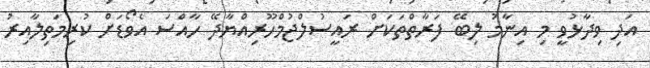
އަދި ވިދާޅުވީ މި އިނާމު ލިބޭ ފަރާތްތަކަށް ރައީސުލްޖުމްހޫރިއްޔާދޭ ހާއްސަ އެވޯޑަށް ކުރިމަތިލާއިރު